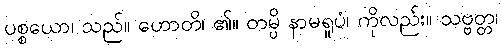
ပစ္စယော၊ သည်။ ဟောတိ၊ ၏။ တမ္ပိ နာမရူပံ၊ ကိုလည်း။ သဗ္ဗတ္တ၊